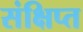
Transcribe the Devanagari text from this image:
संक्षिप्‍त